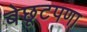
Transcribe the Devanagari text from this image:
बेछूटपणा